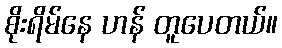
စိုးရိမ်နေ ဟန် တူပေတယ်။